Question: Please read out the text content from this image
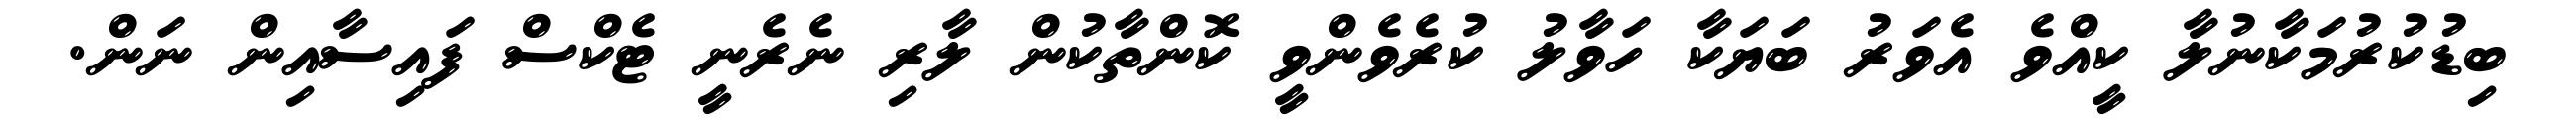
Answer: ބިޑުކުރުމަކާނުލާ ކީއްވެ އެވަރު ބަޔަކާ ހަވާލު ކުރެވެންވީ ކޮންތާކުން ލާރި ނެރެނީ ޓެކްސް ފައިސާއިން ނަން.